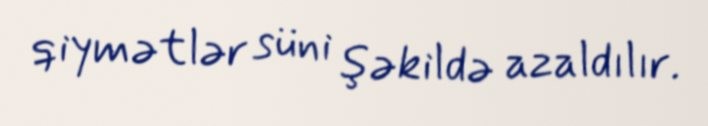
qiymətlər süni şəkildə azaldılır.